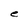
Character: e